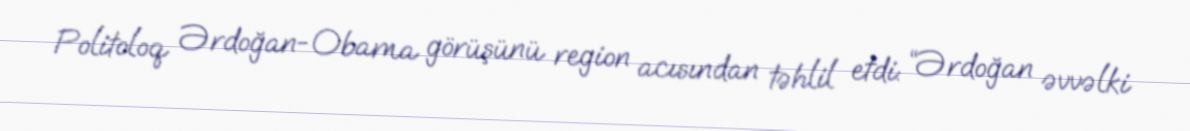
Politoloq Ərdoğan-Obama görüşünü region acısından təhlil etdi: “Ərdoğan əvvəlki